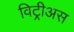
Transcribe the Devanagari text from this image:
विट्रीअस